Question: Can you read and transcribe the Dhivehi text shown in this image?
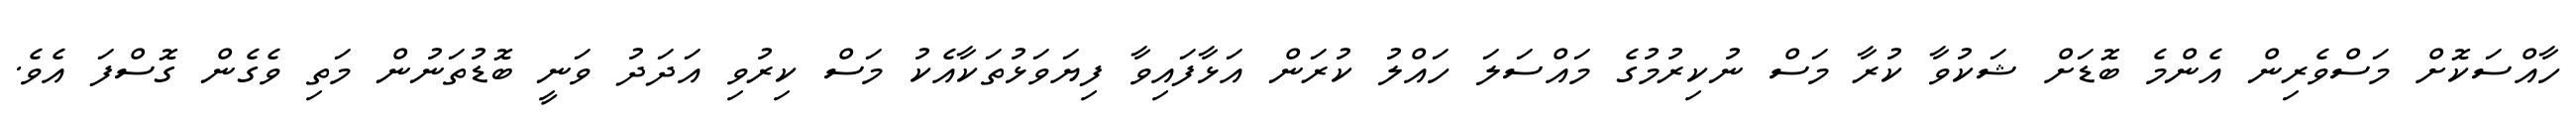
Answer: ހާއްސަކޮށް މަސްވެރިން އެންމެ ބޮޑަށް ޝަކުވާ ކުރާ މަސް ނުކިރުމުގެ މައްސަލަ ހައްލު ކުރަން އަޅާފައިވާ ފިޔަވަޅުތަކާއެކު މަސް ކިރުވި އަދަދު ވަނީ ބޮޑުތަނުން މަތި ވެގެން ގޮސްފަ އެވެ.